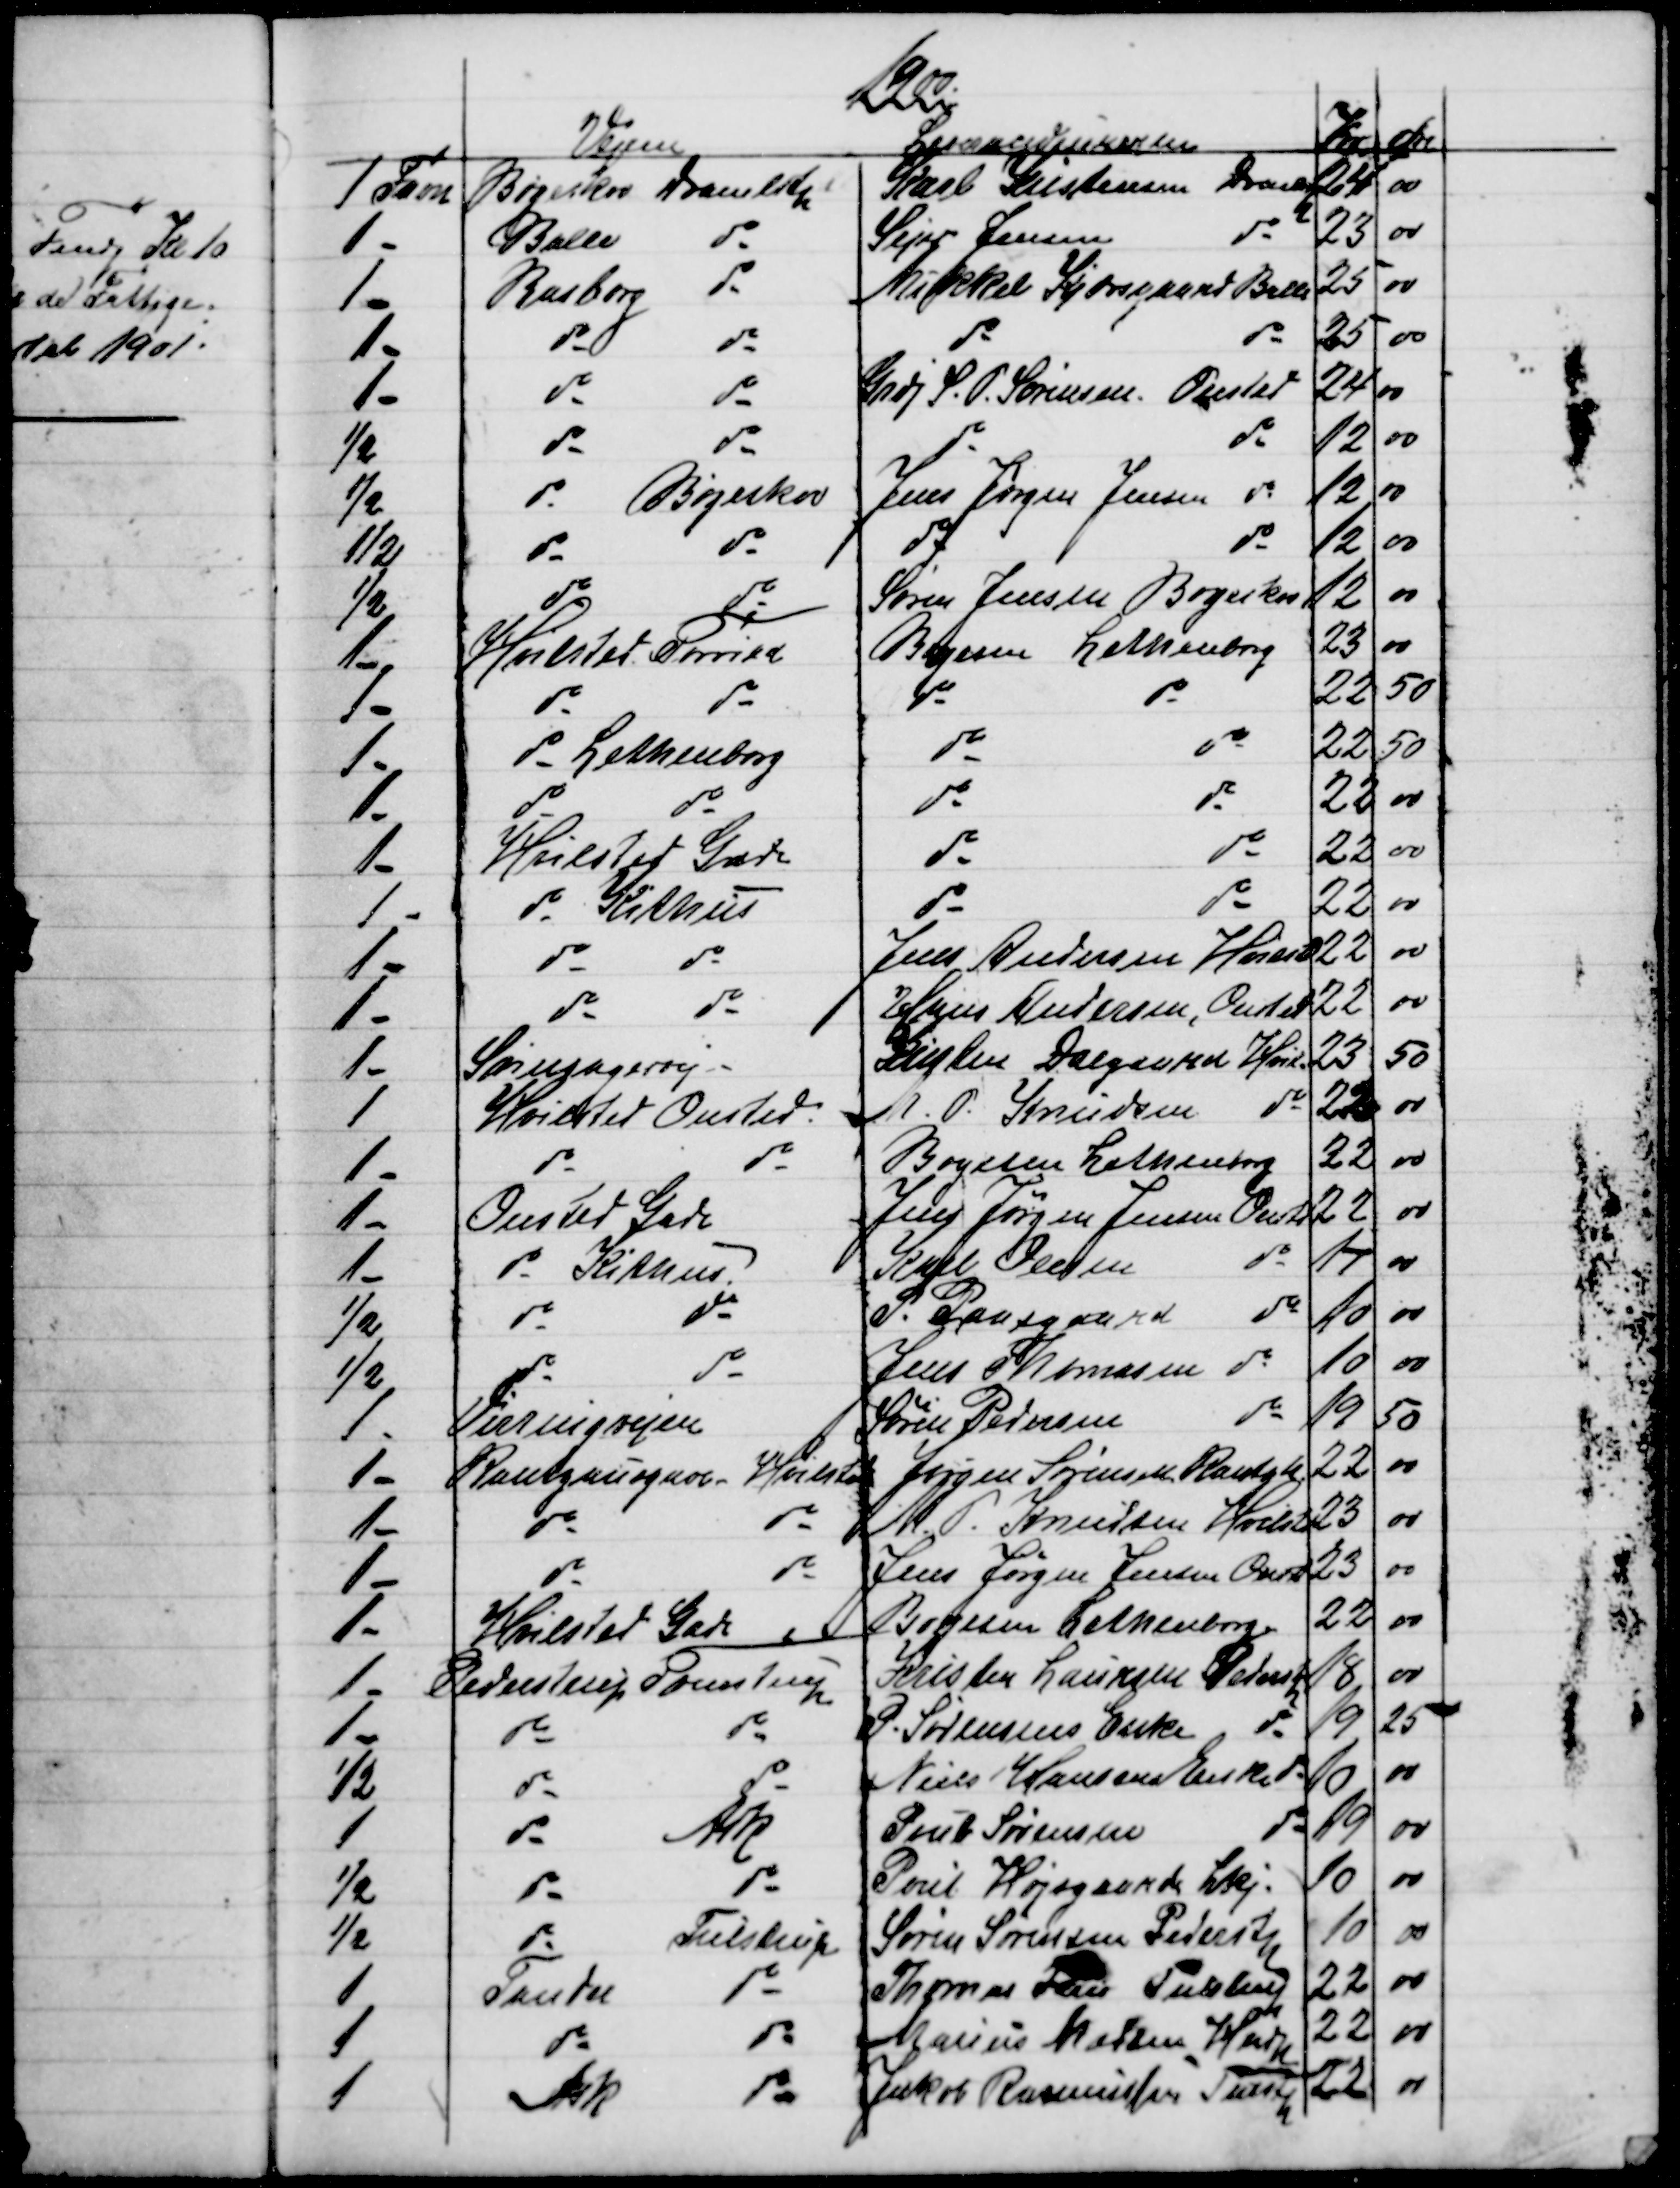
Transskription:
1900.
Vejene
Leverandeurerne
Kr
Øre
1 Favn
Bøgeskov Dramlstp
Karl Kristensen Dramstp
24
00
1 -
Balle
do
Sejer Jensen
do
23
00
1 -
Rasborg
do
Mikkel Kjærsgaard Balle
25
00
1 -
do
do
do
do
25
00
1 -
do
do
Grdj S. P. Sørensen. Onsted
24
00
½
do
do
do
do
12
00
½
do
Bøgeskov
Jens Jørgen Jensen do
12
00
½
do
do
do
do
12
00
½
do
do
Søren Jensen Bøgeskov
12
00
1 -
Hvilsted Torrild
Boyesen Lethenborg
23
00
1 -
do
do
do
do
22
50
1 -
do Lethenborg
do
do
22
50
1 -
do
do
do
do
22
00
1 -
Hvilsted Gade
do
do
22
00
1 -
do Kithus
do
do
22
00
1 -
do
do
Jens Andersen Hvilsted
22
00
1 -
do
do
Hans Andersen, Onsted
22
00
1 -
Svinsagervej
Kristen Dalgaard Hvil.
23
50
1
Hvilsted Onsted.
M. P. Knudsen
do
22
00
1 -
do
do
Boyesen Lethenborg
22
00
1 -
Onsted Gade
Jens Jørgen Jensen Onsted
22
00
1 -
do Kithus.
Karl Olesen
do
17
00
½
do
do
P. Paasgaard
do
10
00
½
do
do
Jens Thomasen
do
10
00
1 -
Virringvejen
Søren Pedersen
do
19
50
1 -
Rantzausgave Hvilsted
Jørgen Sørensen Rantzh
22
00
1 -
do
do
M. P. Knudsen Hvilsted
23
00
1 -
do
do
Jens Jørgen Jensen Onstd
23
00
1 -
Hvilsted Gade
Boyesen Lethenborg
22
00
1 -
Pederstrup Tvenstrup
Kristen Laursen Pederstp
18
00
1 -
do
do
P. Sørensens Enke
do
19
25
½
do
do
Niels Hansens Enke do
10
00
1
do
Ask
Poul Sørensen
do
19
00
½
do
do
Poul Højsgaard Lkj.
10
00
½
do
Tulstrup
Søren Sørensen Pederstp
10
00
1
Tander
do
Thomas Friis Tulstrup
22
00
1
do
do
Marius Madsen Hindp
22
00
1
Ask
do
Jakob Rasmussen Tulstp
22
00